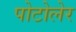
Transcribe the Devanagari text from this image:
पोटोलेर